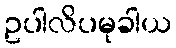
ဥပါလိပမုခါယ